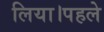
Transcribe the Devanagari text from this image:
लिया।पहले